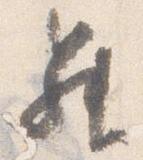
昇